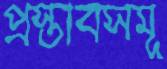
প্রস্তাবসমূ